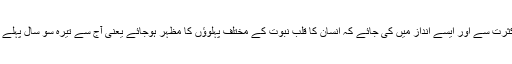
تیسرا طریق اگرچہ مشکل ہے لیکن بہر حال اس کا بیان کرنا نہایت ضروری ہے وہ یہ کہ یاد رسول اس کثرت سے اور ایسے انداز میں کی جائے کہ انسان کا قلب نبوت کے مختلف پہلوؤں کا مظہر ہوجائے یعنی آج سے تیرہ سو سال پہلے جو کیفیت حضورسرور کائنات کے وجود مقدس سے ہویدا تھی وہ آج تمہارے قلوب کے اندر پیدا ہوجائے۔